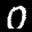
Label: 0